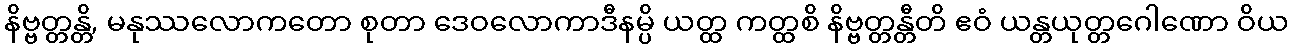
နိဗ္ဗတ္တန္တိ, မနုဿလောကတော စုတာ ဒေဝလောကာဒီနမ္ပိ ယတ္ထ ကတ္ထစိ နိဗ္ဗတ္တန္တီတိ ဧဝံ ယန္တယုတ္တဂေါဏော ဝိယ